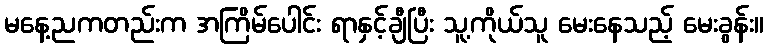
မနေ့ညကတည်းက အကြိမ်ပေါင်း ရာနှင့်ချီပြီး သူ့ကိုယ်သူ မေးနေသည့် မေးခွန်း။